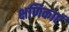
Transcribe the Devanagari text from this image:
क्षणिकाएं